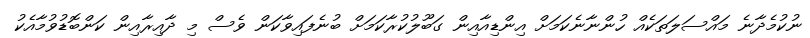
ނުކުމެދާނެ މައްސަލަތަކެއް ހުންނާނެކަމަށް އިންޑިއާއިން ގަބޫލުކުރާކަމަށް ބުނެފައިވާކަން ވެސް މި ދާއިރާއިން ކަންބޮޑުވުމާއެކު